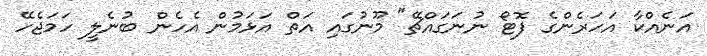
އަނެއްކާ އަހަރެންގެ ފޮޓޯ ނުނަގައްޗޭ" މޫނުގައި އަތް އަޅަމުން އެހެން ބުނެލީ ހަމަޖެހޭ